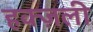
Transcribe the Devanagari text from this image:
हक्ज़ली